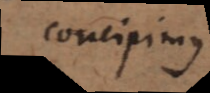
concipimus